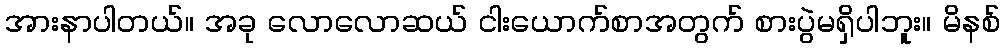
အားနာပါတယ်။ အခု လောလောဆယ် ငါးယောက်စာအတွက် စားပွဲမရှိပါဘူး။ မိနစ်